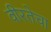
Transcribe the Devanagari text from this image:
वीरतेचा